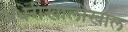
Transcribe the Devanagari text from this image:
अंधेरीखालोखाल